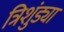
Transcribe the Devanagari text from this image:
त्रिशुंड्या